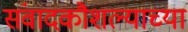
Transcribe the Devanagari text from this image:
संवादकौशल्याच्या